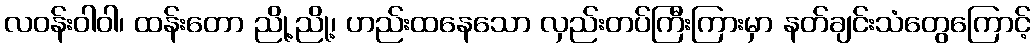
လဝန်းဝါဝါ၊ ထန်းတော ညို့ညို့၊ ဟည်းထနေသော လှည်းတပ်ကြီးကြားမှာ နတ်ချင်းသံတွေကြောင့်